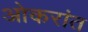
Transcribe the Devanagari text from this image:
ओकरांत